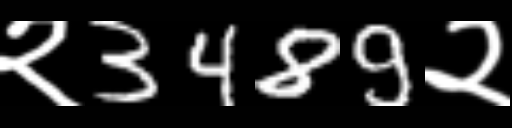
Text: २3489२